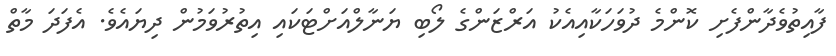
ފާއިތުވެދާންފެށި ކޮންމެ ދުވަހަކާއިއެކު އަރްޒަންގެ ލޯބި ޔަނާލްއަށްޓަކައި އިތުރުވަމުން ދިޔައެވެ. އެފަދަ މާތް